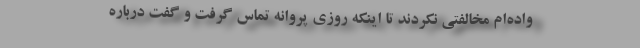
واده‌ام مخالفتی نکردند تا اینکه روزی پروانه تماس گرفت و گفت درباره